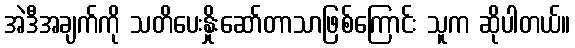
အဲဒီအချက်ကို သတိပေးနှိုးဆော်တာသာဖြစ်ကြောင်း သူက ဆိုပါတယ်။